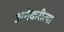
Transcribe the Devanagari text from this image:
अनेकरीत्या